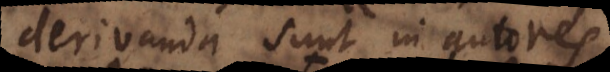
derivanda sunt in auto